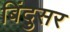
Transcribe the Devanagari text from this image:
बिंदुसर